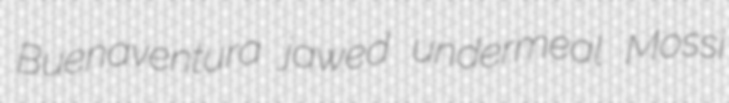
Buenaventura jawed undermeal Mossi